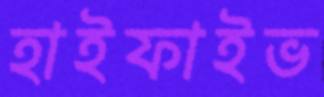
হাইফাইভ